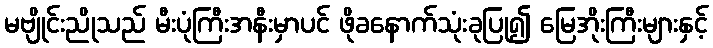
မဗျိုင်းညိုသည် မီးပုံကြီးအနီးမှာပင် ဖိုခနောက်သုံးခုပြု၍ မြေအိုးကြီးများနှင့်